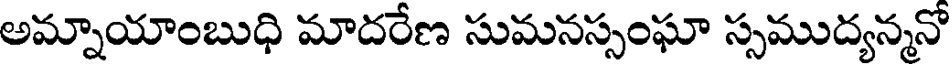
అమ్నాయాంబుధి మాదరేణ సుమనస్సంఘా స్సముద్యన్మనో